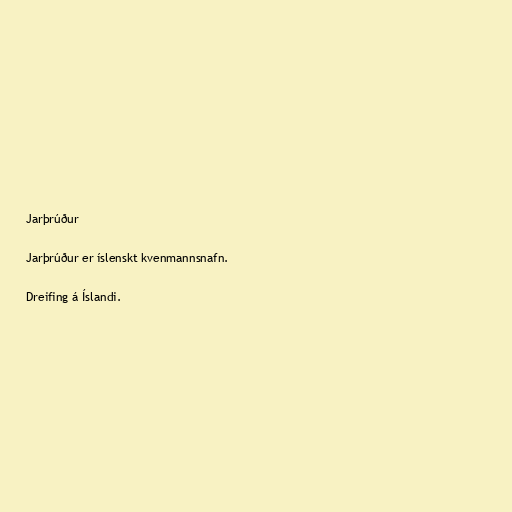
Jarþrúður

Jarþrúður er íslenskt kvenmannsnafn.

Dreifing á Íslandi.